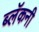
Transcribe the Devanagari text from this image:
ब्लॅकनी